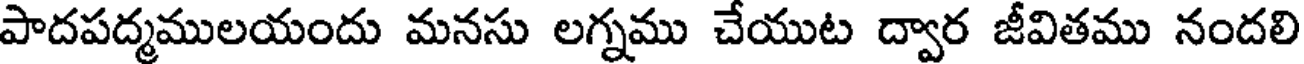
పాదపద్మములయందు మనసు లగ్నము చేయుట ద్వార జీవితము నందలి